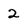
Character: 2